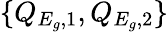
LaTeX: \{ Q_{E_{g},1},Q_{E_{g},2}\}